Tezpur Lunatic Asylum reports 1895-1904 - 1895-1904
Year: 1895
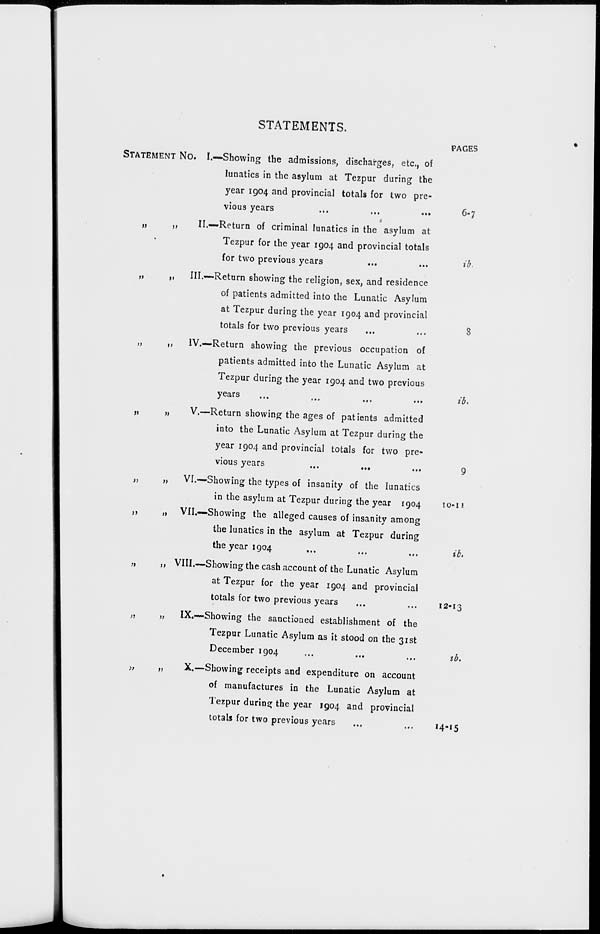
J)
J>
STATEMENTS.
STATEMENT NO. I.—Showing the admissions, discharges, etc., of
lunatics in the asylum at Tezpur during the
year 1904 and provincial totals for two pre-
vious years
...
...
...
1
„
,,
II.—Return of criminal lunatics in the asylum at
Tezpur for the year 1904 and provincial totals
for two previous years
...
...
„
„
III.—Return showing the religion, sex, and residence
of patients admitted into the Lunatic Asylum
at Tezpur during the year 1904 and provincial
totals for two previous years
...
„
,,
IV.—Return showing the previous occupation of
patients admitted into the Lunatic Asylum at
Tezpur during the year 1904 and two previous
years
...
...
,,,
...
„
„
V.—Return showing the ages of patients admitted
into the Lunatic Asylum at Tezpur during the
year 1904 and provincial totals for two pre-
vious years
VI.—Showing the types of insanity of the lunatics
in the asylum at Tezpur during the year 1904
VII.—Showing the alleged causes of insanity among
the lunatics in the asylum at Tezpur during
the year 1904
„
,, VIII.—Showing the cash account of the Lunatic Asylum
at Tezpur for the year 1904 and provincial
totals for two previous years
„
„
IX.—Showing the sanctioned establishment of the
Tezpur Lunatic Asylum as it stood on the 31st
December 1904
>,
„
X.—Showing receipts and expenditure on account
of manufactures in the Lunatic Asylum at
Tezpur during the year 1904 and provincial
totals for two previous years
»
»
PAGES
6-7
ib.
8
ib.
IO-II
ib.
12-13
lb.
14-15